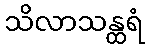
သိလာသန္ထရံ